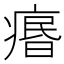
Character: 𤸅